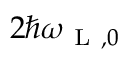
2 \hbar \omega _ { \mathrm { ~ L ~ } , 0 }